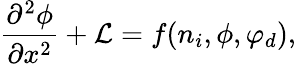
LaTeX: \frac{\partial^{2}\phi}{\partial x^{2}}+{\cal L}=f(n_{i},\phi,\varphi_{d}),